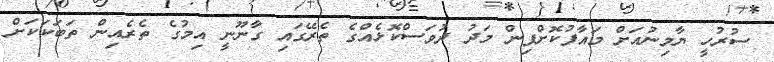
ސުރުހީ ޔާމިނުއަށް މައާފުކޮށްފިން މަދު ދުވަސްކޮޅެއްގެ ތެރޭގައި ގާނޫނީ އިމުގެ ތެރެއިން ތަބަކަކަށް